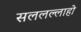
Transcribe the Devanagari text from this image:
सललल्लाहो